Civil Veterinary Department. Central Provinces & Berar 1932-41 - 1932-1941
Year: 1932
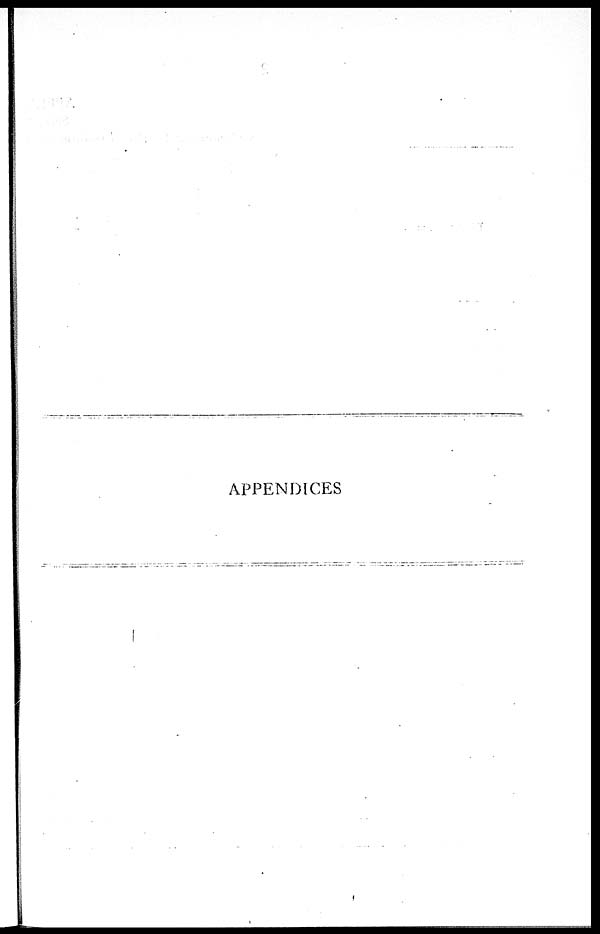
APPENDICES